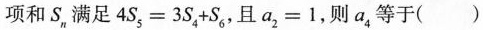
项和S_{n}满足$$4 S_{5} = 3 S_{4} + S_{6}$$，且$$a_{2} = 1$$，则a_{4}等于（）